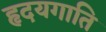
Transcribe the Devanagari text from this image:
हृदयगाति